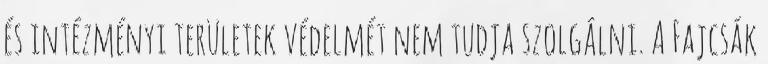
és intézményi területek védelmét nem tudja szolgálni. A Fajcsák